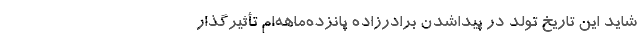
شاید این تاریخ تولد در پیداشدن برادرزاده پانزده‌ماهه‌ام تأثیرگذار